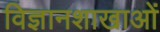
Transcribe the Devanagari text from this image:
विज्ञानशाखाओं